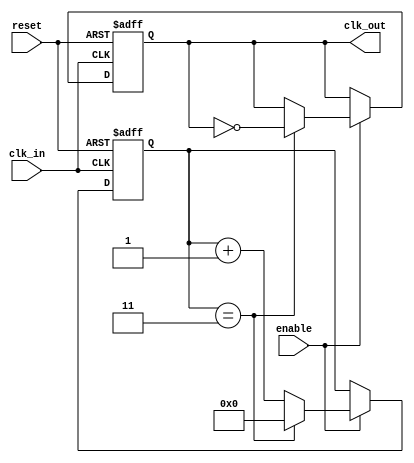
module clock_divider #(
    parameter N = 4  // Division factor, can be changed as needed
)(
    input wire clk_in,     // Input clock
    input wire reset,      // Asynchronous reset
    input wire enable,     // Enable signal
    output reg clk_out     // Output divided clock
);

    reg [31:0] counter;    // Counter to keep track of clock cycles

    // Asynchronous reset and clock division logic
    always @(posedge clk_in or posedge reset) begin
        if (reset) begin
            counter <= 0;   // Reset counter
            clk_out <= 0;   // Reset output clock
        end else if (enable) begin
            if (counter == (N - 1)) begin
                clk_out <= ~clk_out; // Toggle output clock
                counter <= 0;         // Reset counter
            end else begin
                counter <= counter + 1; // Increment counter
            end
        end
    end

endmodule